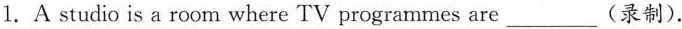
1.A studio is a room where TV programmes are___ (录制).